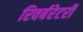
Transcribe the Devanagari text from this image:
रिवर्बरेटरी